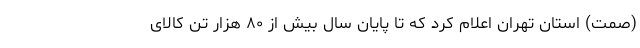
(صمت) استان تهران اعلام کرد که تا پایان سال بیش از ۸۰ هزار تن کالای